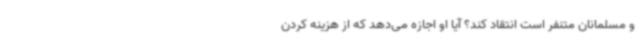
و مسلمانان متنفر است انتقاد کند؟ آیا او اجازه می‌دهد که از هزینه کردن